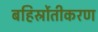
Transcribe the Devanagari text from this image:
बहिर्स्रोतीकरण